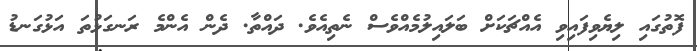
ފޮތުގައި ލިޔެވިފައިވި އެއްޗަކަށް ބަލައިލުމެއްވެސް ނެތިއެވެ. ދައްތާ. ދެން އެންމެ ރަނގަޅުތަ އަޅުގަނޑު